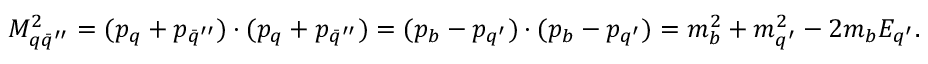
M _ { q \bar { q } ^ { \prime \prime } } ^ { 2 } = ( p _ { q } + p _ { \bar { q } ^ { \prime \prime } } ) \cdot ( p _ { q } + p _ { \bar { q } ^ { \prime \prime } } ) = ( p _ { b } - p _ { q ^ { \prime } } ) \cdot ( p _ { b } - p _ { q ^ { \prime } } ) = m _ { b } ^ { 2 } + m _ { q ^ { \prime } } ^ { 2 } - 2 m _ { b } E _ { q ^ { \prime } } .